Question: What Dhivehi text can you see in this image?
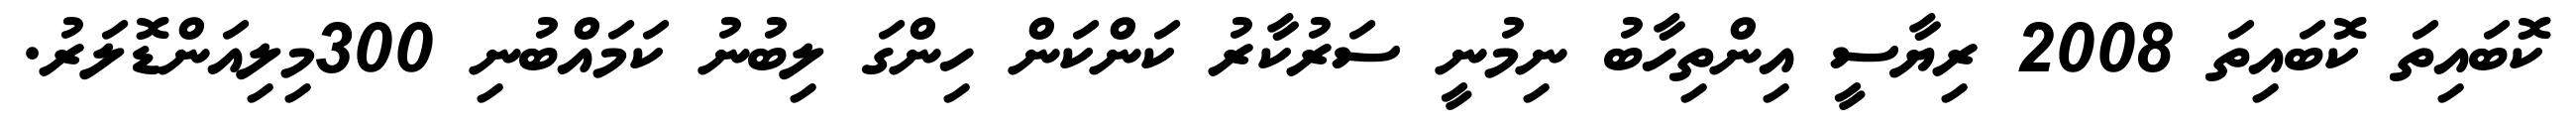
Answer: ކޮބައިތަ ކޮބައިތަ 2008 ރިޔާސީ އިންތިހާބު ނިމުނީ ސަރުކާރު ކަންކަން ހިންގަ ލިބުނު ކަމައްބުނި 300މިލިއަންޑޮލަރު.